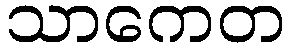
သာကေတ